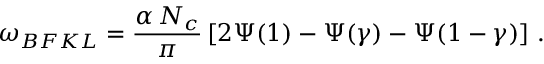
\omega _ { B F K L } = \frac { \alpha \, N _ { c } } { \pi } \left[ 2 \Psi ( 1 ) - \Psi ( \gamma ) - \Psi ( 1 - \gamma ) \right] \, .